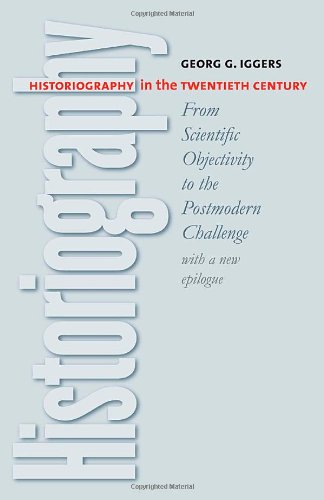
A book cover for Historiography in the Twentieth Century: From Scientific Objectivity to the Postmodern Challenge; Georg G. Iggers; History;